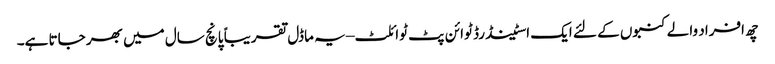
چھ افراد والے کنبوں کے لئے ایک اسٹینڈرڈ ٹوائن پٹ ٹوائلٹ – یہ ماڈل تقریباً پانچ سال میں بھر جاتا ہے۔